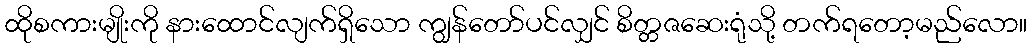
ထိုစကားမျိုးကို နားထောင်လျက်ရှိသော ကျွန်တော်ပင်လျှင် စိတ္တဇဆေးရုံသို့ တက်ရတော့မည်လော။